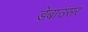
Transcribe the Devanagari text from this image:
डेबाउंसर